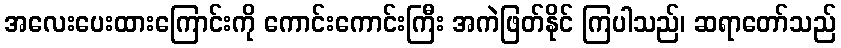
အလေးပေးထားကြောင်းကို ကောင်းကောင်းကြီး အကဲဖြတ်နိုင် ကြပါသည်၊ ဆရာတော်သည်